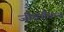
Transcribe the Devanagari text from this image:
जीवचैतन्य